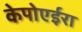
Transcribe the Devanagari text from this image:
केपोएईरा